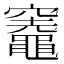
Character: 𥩋